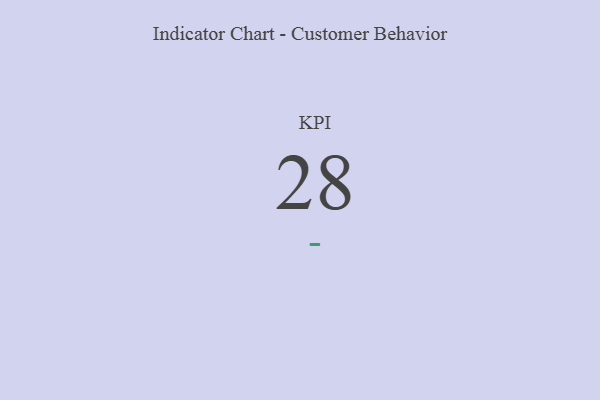
{"axis": {"x": "KPI", "y": "Value"}, "legend": [""], "data": [{"x": "KPI", "y": 28, "type": ""}]}